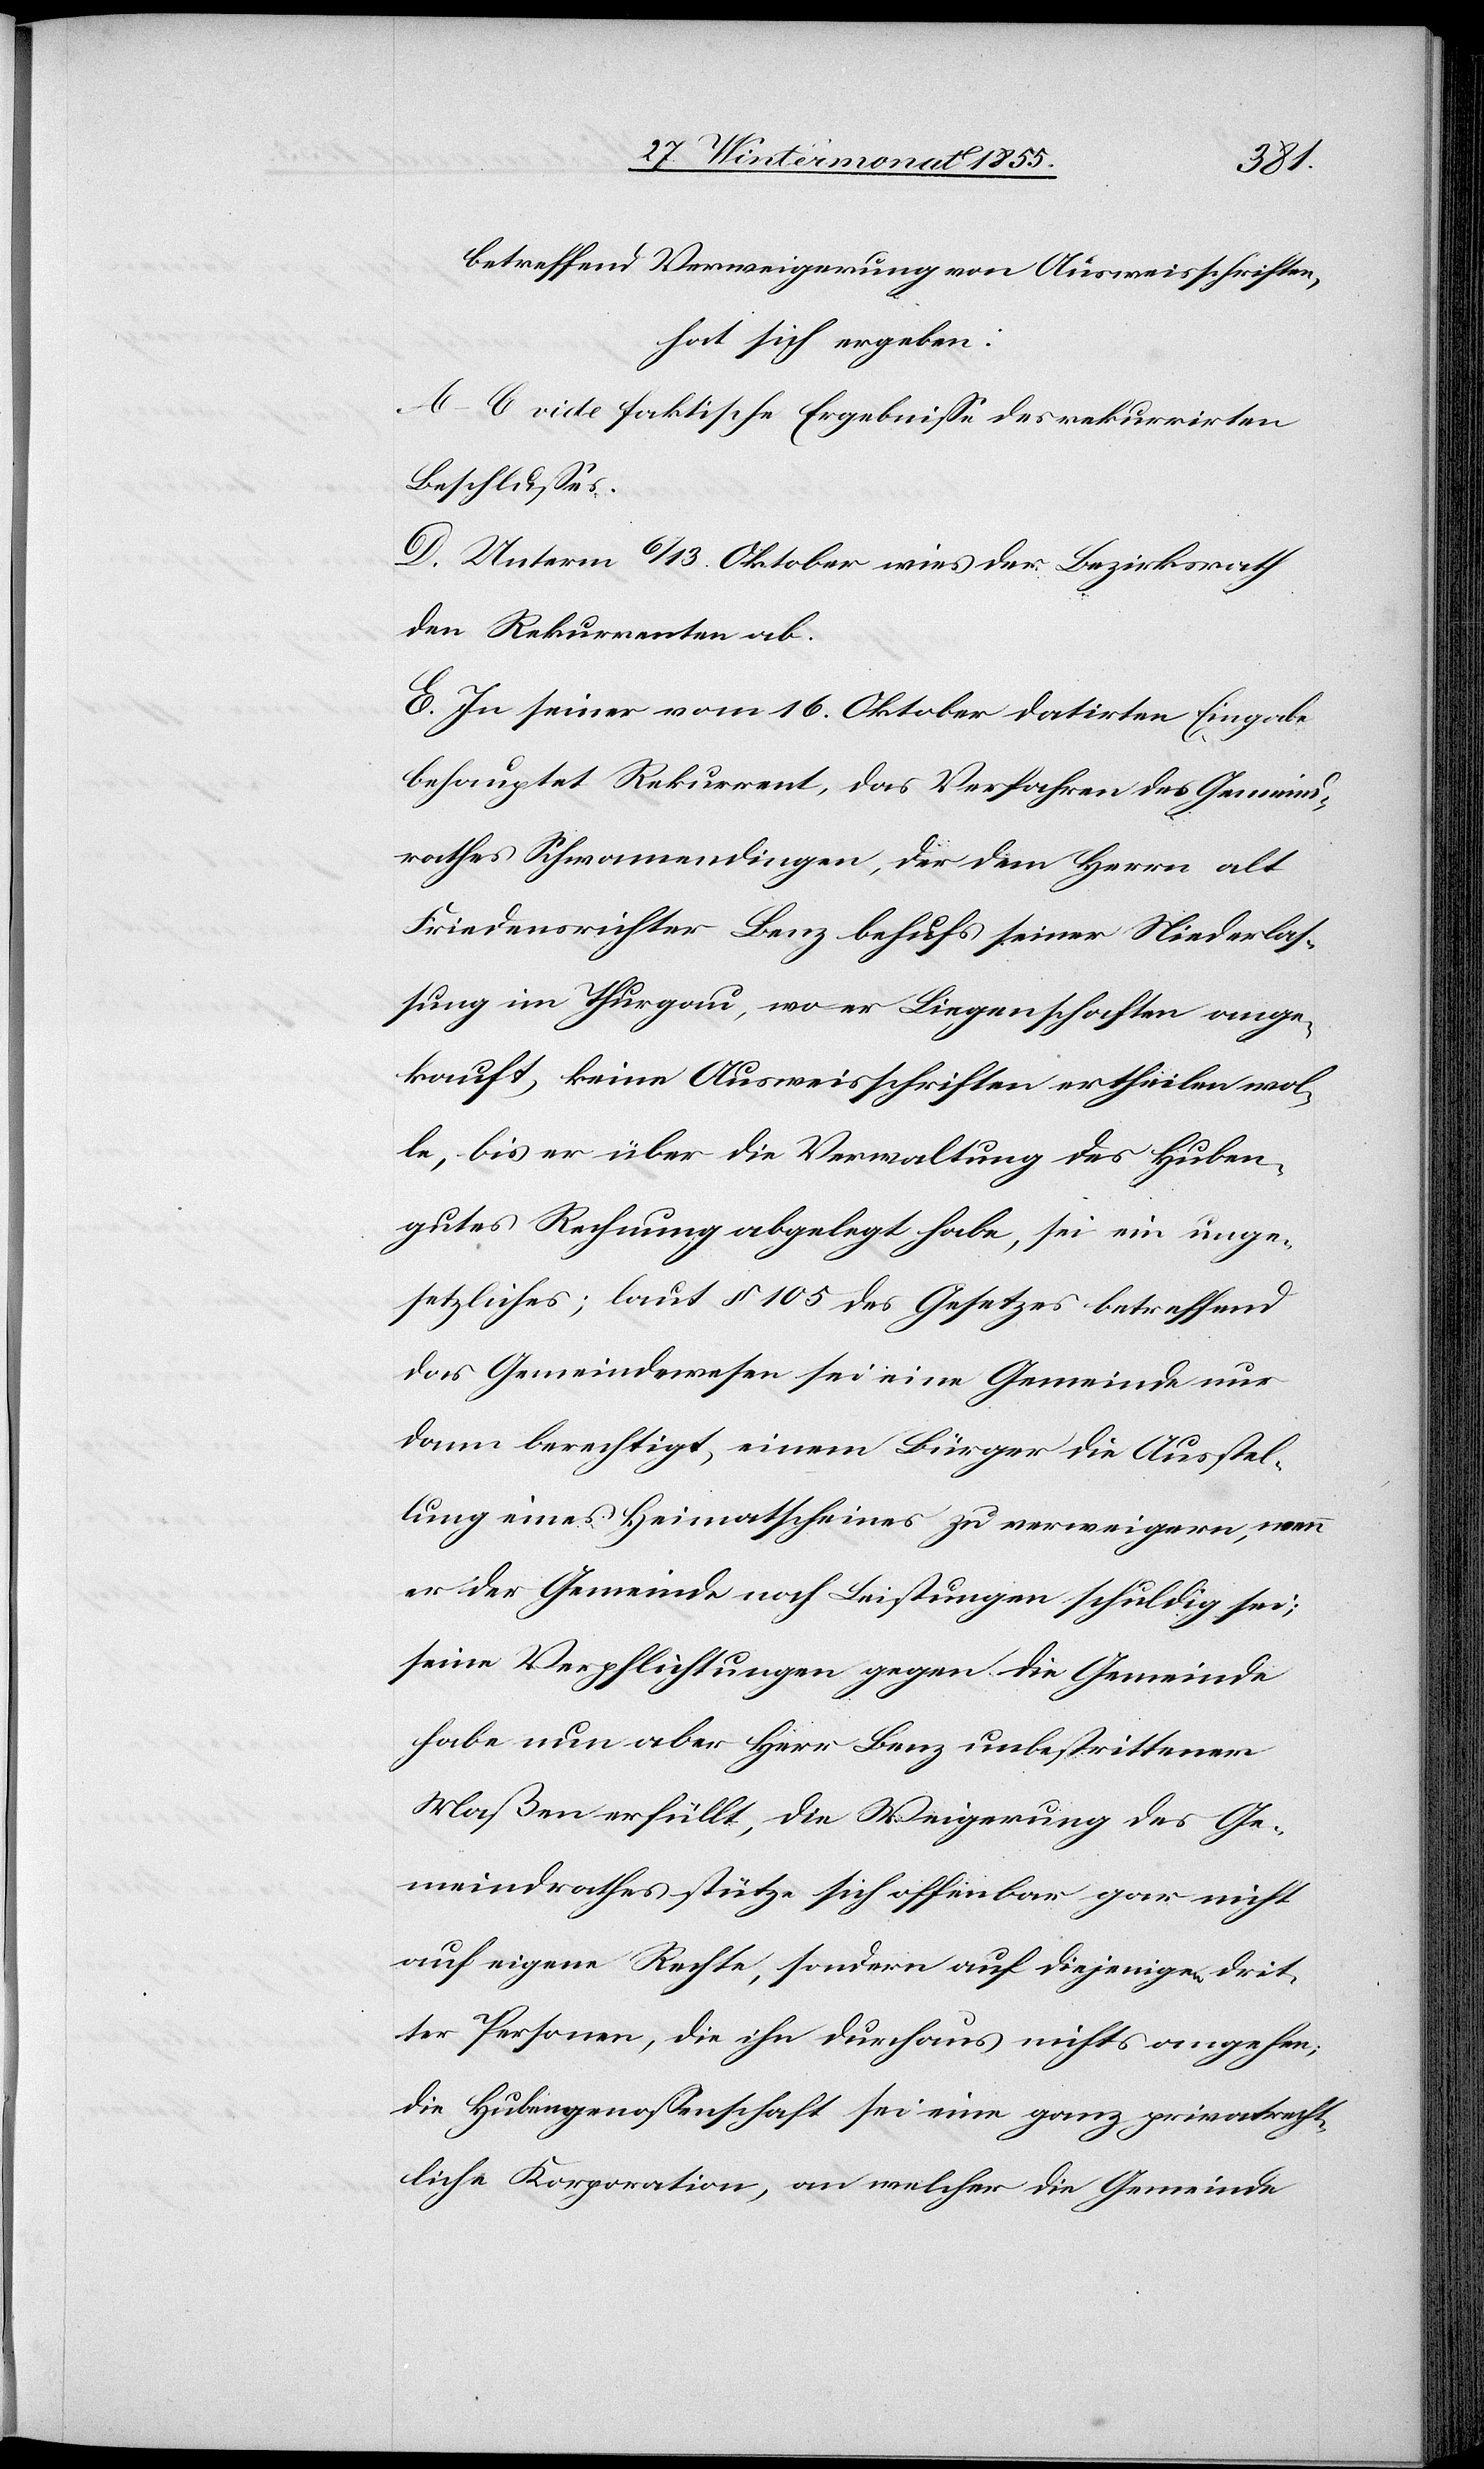
betreffend Verweigerung von Ausweisschriften,
hat sich ergeben:
A–C vide faktische Ergebnisse des rekurrirten
Beschlusses.
D. Unterm 6 / 13. Oktober wies der Bezirksrath
den Rekurrenten ab.
E. In seiner vom 16. Oktober datirten Eingabe
behauptet Rekurrent, das Verfahren des Gemeind¬
rathes Schwamendingen, der dem Herrn alt
Friedensrichter Benz behufs seiner Niederlas¬
sung im Thurgau, wo er Liegenschaften ange¬
kauft, keine Ausweisschriften ertheilen wol¬
le, bis er über die Verwaltung des Huben¬
gutes Rechnung abgelegt habe, sei ein unge¬
setzliches; laut § 105 des Gesetzes betreffend
das Gemeindewesen sei eine Gemeinde nur
dann berechtigt, einem Bürger die Ausstel¬
lung eines Heimatscheines zu verweigern, wenn
er der Gemeinde noch Leistungen schuldig sei;
seine Verpflichtungen gegen die Gemeinde
habe nun aber Herr Benz unbestrittener
Maßen erfüllt, die Weigerung des Ge¬
meindrathes stütze sich offenbar gar nicht
auf eigene Rechte, sondern auf diejenigen drit¬
ter Personen, die ihn durchaus nichts angehen;
die Hubengenossenschaft sei eine ganz privatrecht¬
liche Korporation, an welcher die Gemeinde